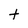
Character: t